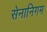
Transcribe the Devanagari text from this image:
सेनानिगम